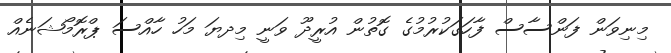
މިނިވަން ފަންސާސް ފާހަގަކުރުމުގެ ގޮތުން އުރީދޫ ވަނީ މިދޔަ މަހު ހާއްސަ ޕްރޮމޯޝަނެއް